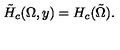
\tilde { H } _ { c } ( \Omega , y ) = H _ { c } ( \tilde { \Omega } ) .